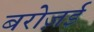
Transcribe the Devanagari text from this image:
बरोज़ई